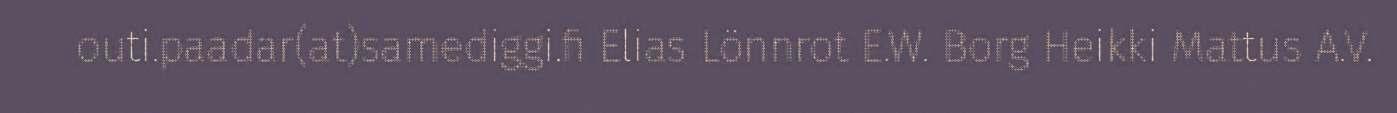
outi.paadar(at)samediggi.fi Elias Lönnrot E.W. Borg Heikki Mattus A.V.